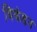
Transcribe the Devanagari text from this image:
विकंडन